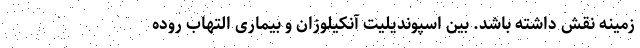
زمینه نقش داشته باشد. بین اسپوندیلیت آنکیلوزان و بیماری التهاب روده